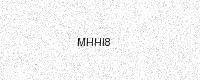
Text: MHHI8